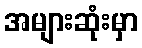
အများဆုံးမှာ